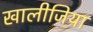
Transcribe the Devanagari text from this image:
खालीजिया